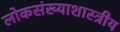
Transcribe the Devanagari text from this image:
लोकसंख्याशास्त्रीय